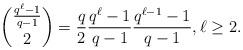
LaTeX: \begin{align*}\binom{\frac{q^{\ell}-1}{q-1}}{2}=\frac{q}{2}\frac{q^\ell-1}{q-1}\frac{q^{\ell-1}-1}{q-1}, \ell \geq 2.\end{align*}